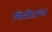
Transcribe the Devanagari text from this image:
मिनीटाचा